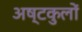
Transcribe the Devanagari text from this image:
अष्टकुलों